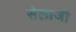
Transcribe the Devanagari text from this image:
सेलाजी